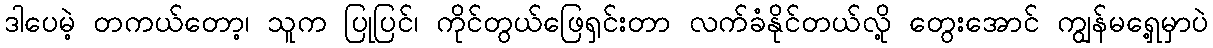
ဒါပေမဲ့ တကယ်တော့၊ သူက ပြုပြင်၊ ကိုင်တွယ်ဖြေရှင်းတာ လက်ခံနိုင်တယ်လို့ တွေးအောင် ကျွန်မရှေ့မှာပဲ